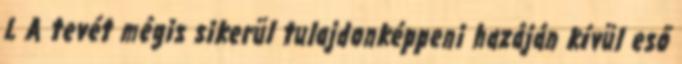
L A tevét mégis sikerül tulajdonképpeni hazáján kívül eső